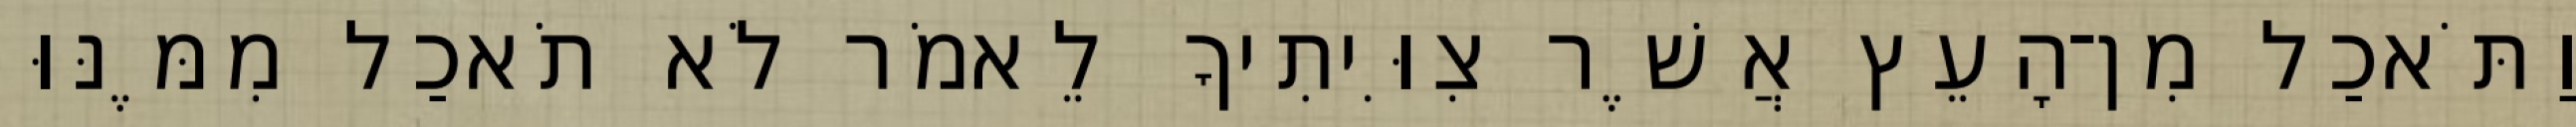
וַתֹּאכַל מִן־הָעֵץ אֲשֶׁר צִוִּיתִיךָ לֵאמֹר לֹא תֹאכַל מִמֶּנּוּ